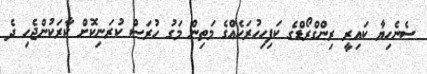
ސެނެހިޔާ ކައިރީ ރިންގްރޯޑްގެ ކަފިހިހުރަހެއްގެ މަތިން މަގު ހުރަސް ކުރަނިކޮށް ކާރަކުންޖެހި ދެ